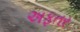
અફતર